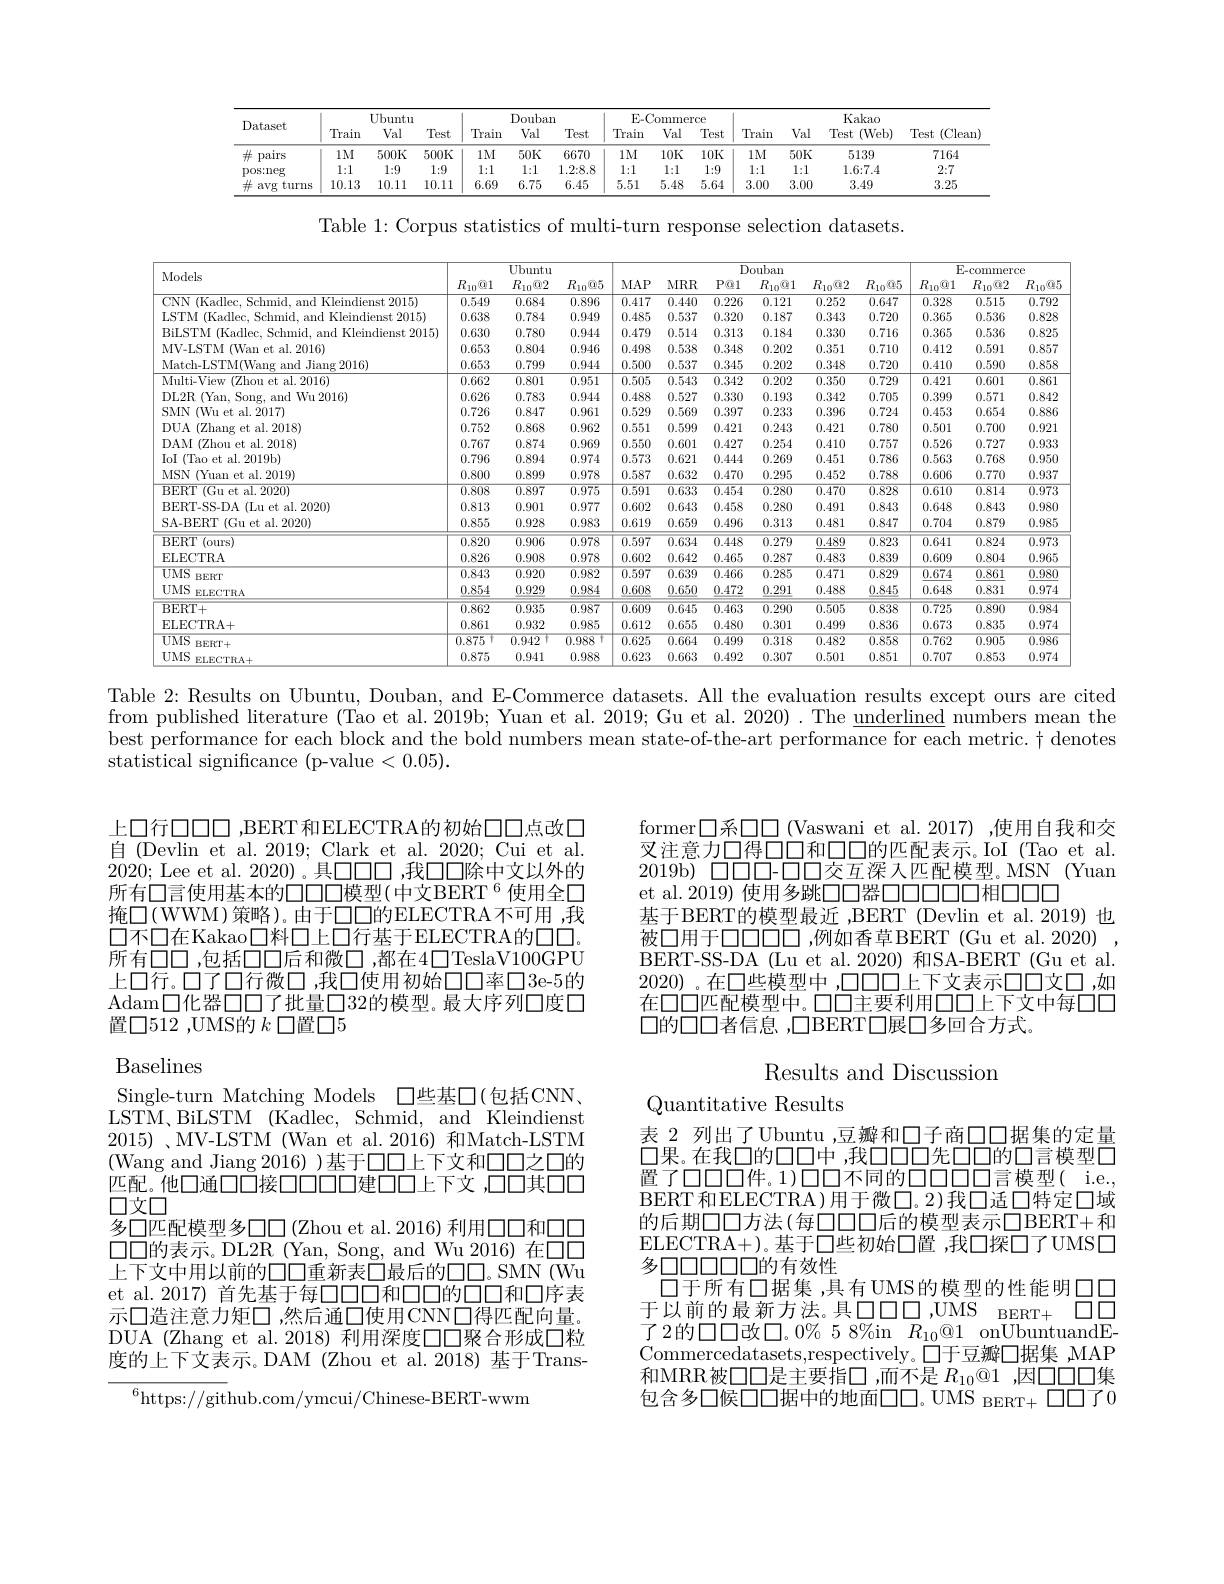
<table>
	<tbody>
		<tr>
			<th rowspan="2">Dataset</th>
			<th colspan="3">Ubuntu</th>
			<th colspan="2">Douban</th>
			<th colspan="2">$\mathrm{E} _{- }$Commerce</th>
			<th> </th>
			<th colspan="2">Kakao</th>
			<th rowspan="2">Test (Clean</th>
		</tr>
		<tr>
			<th>Train</th>
			<th>Val</th>
			<th>Test</th>
			<th>Train</th>
			<th>ul Tes</th>
			<th>Val</th>
			<th>Test</th>
			<th>Train</th>
			<th>Val</th>
			<th>Test (Web)</th>
		</tr>
		<tr>
			<td>井 pairs</td>
			<td>$1M$</td>
			<td>500K</td>
			<td>$500K$</td>
			<td>$1M$</td>
			<td>$K$ 667</td>
			<td>$10K$</td>
			<td>10K</td>
			<td>$1M$</td>
			<td>$50K$</td>
			<td>5139</td>
			<td>7164</td>
		</tr>
		<tr>
			<td>pos:neg</td>
			<td>1:1</td>
			<td>1{:}9</td>
			<td>1:9</td>
			<td>1:1</td>
			<td>1 $1.2:\xi$</td>
			<td>1{:}1</td>
			<td>1:9</td>
			<td>1{:}1</td>
			<td>1:1</td>
			<td>1.6{:}7.4</td>
			<td>2{:}7</td>
		</tr>
		<tr>
			<td>生 avg turns</td>
			<td>10.13</td>
			<td>10.11</td>
			<td>10.11</td>
			<td>6.69</td>
			<td>75 6.4 1</td>
			<td>5.48</td>
			<td>5.64</td>
			<td>3.00</td>
			<td>3.00</td>
			<td>3.49</td>
			<td>3.25</td>
		</tr>
	</tbody>
</table>

Table 1: Corpus statistics of multi-turn response selection datasets.

<table>
	<tbody>
		<tr>
			<th rowspan="2">Models</th>
			<th colspan="3">Ubuntu</th>
			<th colspan="5">$\overline{\mathrm{Douban}}$</th>
			<th> </th>
			<th colspan="3">E- commerce</th>
		</tr>
		<tr>
			<th>$R_{10}@1$</th>
			<th>$R_{10}@2$</th>
			<th>$R_{10}@5$</th>
			<th>$MAP$</th>
			<th>$MRR$</th>
			<th>$P@1$</th>
			<th>$R_{10}@1$</th>
			<th>$R_{10}@2$</th>
			<th>$R_{10}\%5$</th>
			<th>$R_{10}@1$</th>
			<th>$R_{10}@2$</th>
			<th>$R_{10}$@క</th>
		</tr>
		<tr>
			<td>2015</td>
			<td>0.549</td>
			<td>0.684</td>
			<td>0.896</td>
			<td>0.417</td>
			<td>0.440</td>
			<td>0.226</td>
			<td>0.121</td>
			<td>0.252</td>
			<td>0.647</td>
			<td>0.328</td>
			<td>0.515</td>
			<td>0.792</td>
		</tr>
		<tr>
			<td>2015</td>
			<td>0.638</td>
			<td>0.784</td>
			<td>0.949</td>
			<td>0.485</td>
			<td>0.537</td>
			<td>0.320</td>
			<td>0.187</td>
			<td>0.343</td>
			<td>0.720</td>
			<td>0.365</td>
			<td>0.536</td>
			<td>0.828</td>
		</tr>
		<tr>
			<td>RilsrM $K|_{f}$ 2015</td>
			<td>0.630</td>
			<td>0.780</td>
			<td>0.944</td>
			<td>0.479</td>
			<td>0.514</td>
			<td>0.313</td>
			<td>0.184</td>
			<td>0.330</td>
			<td>0.716</td>
			<td>0.365</td>
			<td>0.536</td>
			<td>0.825</td>
		</tr>
		<tr>
			<td>al.2016) MV</td>
			<td>0.653</td>
			<td>0.804</td>
			<td>0.946</td>
			<td>0.498</td>
			<td>0.538</td>
			<td>0.348</td>
			<td>0.202</td>
			<td>0.351</td>
			<td>0.710</td>
			<td>0.412</td>
			<td>0.591</td>
			<td>0.857</td>
		</tr>
		<tr>
			<td>Match.T.SIN liane 2016</td>
			<td>0.653</td>
			<td>0.799</td>
			<td>0.944</td>
			<td>0.500</td>
			<td>0.537</td>
			<td>0.345</td>
			<td>0.202</td>
			<td>0.348</td>
			<td>0.720</td>
			<td>0.410</td>
			<td>0.590</td>
			<td>0.858</td>
		</tr>
		<tr>
			<td>Multi-View $(Z_{\mathrm{hon}})$ al.2016) $\rho f$</td>
			<td>0.662</td>
			<td>0.801</td>
			<td>0.951</td>
			<td>0.505</td>
			<td>0.543</td>
			<td>0.342</td>
			<td>0.202</td>
			<td>0.350</td>
			<td>0.729</td>
			<td>0.421</td>
			<td>0.601</td>
			<td>0.861</td>
		</tr>
		<tr>
			<td>rYar 2016 m.2F Min</td>
			<td>0.626</td>
			<td>0.783</td>
			<td>0.944</td>
			<td>0.488</td>
			<td>0.527</td>
			<td>0.330</td>
			<td>0.193</td>
			<td>0.342</td>
			<td>0.705</td>
			<td>0.399</td>
			<td>0.571</td>
			<td>0.842</td>
		</tr>
		<tr>
			<td>SMN ${\mathrm{al.~}\bar{2}017}$ M</td>
			<td>0.726</td>
			<td>0.847</td>
			<td>0.961</td>
			<td>0.529</td>
			<td>0.569</td>
			<td>0.397</td>
			<td>0.233</td>
			<td>0.396</td>
			<td>0.724</td>
			<td>0.453</td>
			<td>0.654</td>
			<td>0.886</td>
		</tr>
		<tr>
			<td>DTE al. 2018)</td>
			<td>0.752</td>
			<td>0.868</td>
			<td>0.962</td>
			<td>0.551</td>
			<td>0.599</td>
			<td>0.421</td>
			<td>0.243</td>
			<td>0.421</td>
			<td>0.780</td>
			<td>0.501</td>
			<td>0.700</td>
			<td>0.921</td>
		</tr>
		<tr>
			<td>al. 2018) TDAM 7.</td>
			<td>0.767</td>
			<td>0.874</td>
			<td>0.969</td>
			<td>0.550</td>
			<td>0.601</td>
			<td>0.427</td>
			<td>0.254</td>
			<td>0.410</td>
			<td>0.757</td>
			<td>0.526</td>
			<td>0.727</td>
			<td>0.933</td>
		</tr>
		<tr>
			<td>10 $f^{\prime\prime}$ao $,et$ $\textbf{t al. 2019b}$</td>
			<td>0.796</td>
			<td>0.894</td>
			<td>0.974</td>
			<td>0.573</td>
			<td>0.621</td>
			<td>0.444</td>
			<td>0.269</td>
			<td>0.451</td>
			<td>0.786</td>
			<td>0.563</td>
			<td>0.768</td>
			<td>0.950</td>
		</tr>
		<tr>
			<td>MSN Vinn t al. 2019)</td>
			<td>0.800</td>
			<td>0.899</td>
			<td>0.978</td>
			<td>0.587</td>
			<td>0.632</td>
			<td>0.470</td>
			<td>0.295</td>
			<td>0.452</td>
			<td>0.788</td>
			<td>0.606</td>
			<td>0.770</td>
			<td>0.937</td>
		</tr>
		<tr>
			<td>$\overline{\text{al.2020}}$ REN $pf$</td>
			<td>0.808</td>
			<td>0.897</td>
			<td>0.975</td>
			<td>0.591</td>
			<td>$\overline{0.633}$</td>
			<td>$\overline{0.454}$</td>
			<td>0.280</td>
			<td>0.470</td>
			<td>0.828</td>
			<td>0.610</td>
			<td>0.814</td>
			<td>$\overline{0.973}$</td>
		</tr>
		<tr>
			<td>BFRT- SS- DA $\Pi_{\mathrm{dl~et}}$ t al. 2020)</td>
			<td>0.813</td>
			<td>0.901</td>
			<td>0.977</td>
			<td>0.602</td>
			<td>0.643</td>
			<td>0.458</td>
			<td>0.280</td>
			<td>0.491</td>
			<td>0.843</td>
			<td>0.648</td>
			<td>0.843</td>
			<td>0.980</td>
		</tr>
		<tr>
			<td>SA-BERT (Gu et al. 2020)</td>
			<td>0.855</td>
			<td>0.928</td>
			<td>0.983</td>
			<td>0.619</td>
			<td>0.659</td>
			<td>0.496</td>
			<td>0.313</td>
			<td>0.481</td>
			<td>0.847</td>
			<td>0.704</td>
			<td>0.879</td>
			<td>0.985</td>
		</tr>
		<tr>
			<td>BERT (ours)</td>
			<td>0.820</td>
			<td>0.906</td>
			<td>0.978</td>
			<td>$\overline{0.597}$</td>
			<td>0.634</td>
			<td>$\overline{0.448}$</td>
			<td>0.279</td>
			<td>$\overline{0.489}$</td>
			<td>0.823</td>
			<td>0.641</td>
			<td>0.824</td>
			<td>$\overline{0.973}$</td>
		</tr>
		<tr>
			<td>ELECTRA</td>
			<td>0.826</td>
			<td>0.908</td>
			<td>0.978</td>
			<td>0.602</td>
			<td>0.642</td>
			<td>0.465</td>
			<td>0.287</td>
			<td>0.483</td>
			<td>0.839</td>
			<td>0.609</td>
			<td>0.804</td>
			<td>0.965</td>
		</tr>
		<tr>
			<td>$UMS$ BERT</td>
			<td>0.843</td>
			<td>0.920</td>
			<td>$\overline{0.982}$</td>
			<td>$\overline{0.597}$</td>
			<td>$\overline{0.639}$</td>
			<td>$\overline{0.466}$</td>
			<td>$\overline{0.285}$</td>
			<td>0.471</td>
			<td>$\overline{0.829}$</td>
			<td>0.674</td>
			<td>0.861</td>
			<td>$\overline{0.980}$</td>
		</tr>
		<tr>
			<td>$UMS$ $ELECTRA$</td>
			<td>0.854</td>
			<td>0.929</td>
			<td>0.984</td>
			<td>0.608</td>
			<td>0.650</td>
			<td>0.472</td>
			<td>0.291</td>
			<td>0.488</td>
			<td>0.845</td>
			<td>0.648</td>
			<td>0.831</td>
			<td>0.974</td>
		</tr>
		<tr>
			<td>$\overline{{\mathrm{BERT}+}}$</td>
			<td>$\overline{0.862}$</td>
			<td>$\overline{0.935}$</td>
			<td>$\overline{0.987}$</td>
			<td>0.609</td>
			<td>$\overline{0.645}$</td>
			<td>0.463</td>
			<td>0.290</td>
			<td>0.505</td>
			<td>$\overline{0.838}$</td>
			<td>$\overline{0.725}$</td>
			<td>0.890</td>
			<td>0.984</td>
		</tr>
		<tr>
			<td>ELECTRA+</td>
			<td>0.861</td>
			<td>0.932</td>
			<td>0.985</td>
			<td>0.612</td>
			<td>0.655</td>
			<td>0.480</td>
			<td>0.301</td>
			<td>0.499</td>
			<td>0.836</td>
			<td>0.673</td>
			<td>0.835</td>
			<td>0.974</td>
		</tr>
		<tr>
			<td>$UMS$ BERT+</td>
			<td>0.875 4</td>
			<td>0.942 $f$</td>
			<td>0.988 T</td>
			<td>$\overline{0.625}$</td>
			<td>0.664</td>
			<td>$\overline{0.499}$</td>
			<td>0.318</td>
			<td>0.482</td>
			<td>$\overline{0.858}$</td>
			<td>0.762</td>
			<td>0.905</td>
			<td>$\overline{0.986}$</td>
		</tr>
		<tr>
			<td>$UMS$ $ELEC$</td>
			<td>0.875</td>
			<td>0.941</td>
			<td>0.988</td>
			<td>0.623</td>
			<td>0.663</td>
			<td>0.492</td>
			<td>0.307</td>
			<td>0.501</td>
			<td>0.851</td>
			<td>0.707</td>
			<td>0.853</td>
			<td>0.974</td>
		</tr>
	</tbody>
</table>

Table 2: Results on Ubuntu, Douban, and E-Commerce datasets. All the evaluation results except ours are cited from published literature (Tao et al. 2019b; Yuan et al. 2019; Gu et al. 2020) . The underlined numbers mean the best performance for each block and the bold numbers mean state-of-the-art performance for each metric. $\dagger$ denotes statistical significance (p-value<0.05).

上口行口口口 ,BERT 和ELECTRA的初始口口点改口自 (Devlin et al. 2019; Clark et al. 2020; Cui et al. 2020; Lee et al. 2020)。具口口口，我口口除中文以外的所有口言使用基本的口口口模型(中文BERT$^{6}$使用全口掩$\square($WWM)策略)。由于口口的ELECTRA不可用，我$\square 不\square 在Kakao口料\square 上口行基于ELECTRA的\square\square$。所有口口，包括口口后和微口，都在4口TeslaV100GPU 上口行。口了口行微口，我口使用初始口口率口3e-5的Adam口化器口口了批量口32的模型。最大序列口度口置口512 ,UMS的$k$口置口5

Baselines

Single-turn Matching Models 口些基口(包括CNN， LSTM、BiLSTM (Kadlec, Schmid, and Kleindienst 2015)、MV-LSTM(Wan et al.2016)和Match-LSTM (Wang and Jiang 2016))基于口口上下文和口口之口的匹配。他口通口口接口口口口建口口上下文，口口其口口口文口
多口匹配模型多口口(Zhou et al.2016) 利用口口和口口$\square\square\square$的表示。DL2R (Yan, Song, and Wu 2016) 在口口上下文中用以前的口口重新表口最后的口口。SMN (Wu et al.2017) 首先基于每口口口和口口的口口和口序表示口造注意力矩口，然后通口使用CNN口得匹配向量DUA (Zhang et al.2018) 利用深度口口聚合形成口粒度的上下文表示。DAM (Zhou et al.2018) 基于Trans-
$^{6}$https://github.com/ymcui/Chinese-BERT-wwm

former□系□□(Vaswani et al.2017),使用自我和交叉注意力口得口口和口口的匹配表示。IoI (Tao et al. 2019b) $\square\square\square\square-\square\square\square 交互深入匹配模型。MSN$ (Yuan et al.2019) 使用多跳口口器口口口口口相口口口
基于BERT的模型最近 ,BERT (Devlin et al.2019) 也被口用于口口口口口，例如香草BERT (Gu et al.2020) BERT-SS-DA (Lu et al.2020) 和SA-BERT (Gu et al. 2020)。在口些模型中，口口口上下文表示口口文口，如在口口匹配模型中。口口主要利用口口上下文中每口口$\square$的口口者信息，口BERT口展口多回合方式。

Results and Discussion

Quantitative Results

表 2 列出了Ubuntu ,豆瓣和口子商口口据集的定量口果。在我口的口口中，我口口口先口口的口言模型口置了口口口件。1)口口不同的口口口口口言模型( i.e., BERT 和ELECTRA )用于微口。2)我口适口特定口域的后期口口方法(每口口口后的模型表示口BERT+和ELECTRA+)。基于口些初始口置，我口探口了UMSD 多口口口口口口的有效性
口于所有口据集 ,具有 UMS的模型的性能明口口于以前的最新方法。具口口口，UMS BERT+ $\square\square\square\square$ 了2的口口改口。0% 5 8%in $R_{10}\textcircled{1}$ onUbuntuandECommercedatasets,respectively。$\Pi$于豆瓣口据集 ,MAP 和MRR被口口是主要指口，而不是$R_{10}@1$ ,因口口口集包含多口候口口据中的地面口口。UMS BERT+ $\square\square\square$了0